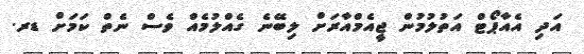
އަދި އެއާޕޯޓް އަތުލުމުން ޖީއެމްއާރަށް ލިބޭނެ ގެއްލުމެއް ވެސް ނެތް ކަމަށް ޑރ.